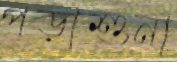
পড়াশুনা